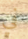
في